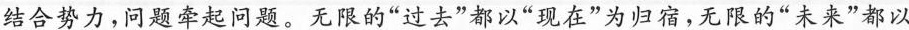
结合势力，问题牵起问题。无限的”过去”都以”现在”为归宿，无限的”未来”都以